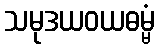
သမုဒယဝယဓမ္မံ